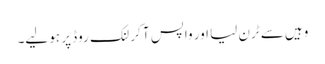
وہیں سے ٹرن لیا اور واپس آ کر لنک روڈ پر ہو لیے۔